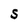
Character: S